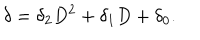
\delta = \delta _ { 2 } D ^ { 2 } + \delta _ { 1 } D + \delta _ { 0 } .